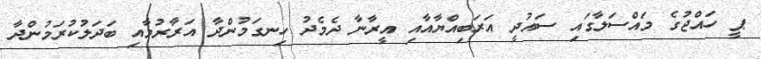
ޕީ ހައްޖުގެ މައްސަލާގައި ސައުދީ އަރަބިއްޔާއާއި އީރާނާ ދެމެދު ހިނގަމުންދާ އަރާރުމާއި ބަދަލުކުރަމުންދާ